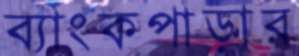
ব্যাংকপাড়ার